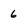
Character: 6